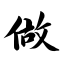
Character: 做